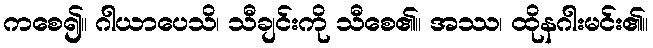
ကစေ၍။ ဂါယာပေသိ၊ သီချင်းကို သီစေ၏။ အဿ၊ ထိုနဂါးမင်း၏။